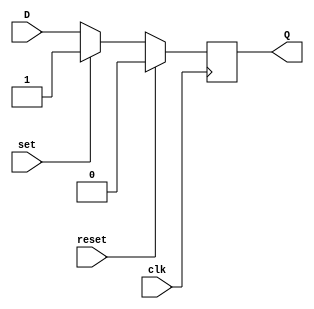
module d_flip_flop(
    input wire D,         // D input
    input wire clk,       // Clock input
    input wire reset,     // Synchronous reset input
    input wire set,       // Synchronous set input
    output reg Q          // Output
);

always @(posedge clk) begin
    if (reset == 1'b1) begin
        Q <= 1'b0;      // Asynchronously reset to 0
    end else if (set == 1'b1) begin
        Q <= 1'b1;      // Asynchronously set to 1
    end else begin
        Q <= D;         // Store and output the value of the D input
    end
end

endmodule